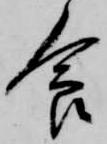
食